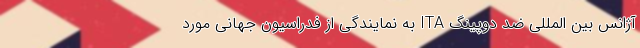
آژانس بین المللی ضد دوپینگ ITA به نمایندگی از فدراسیون جهانی مورد